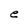
Character: e